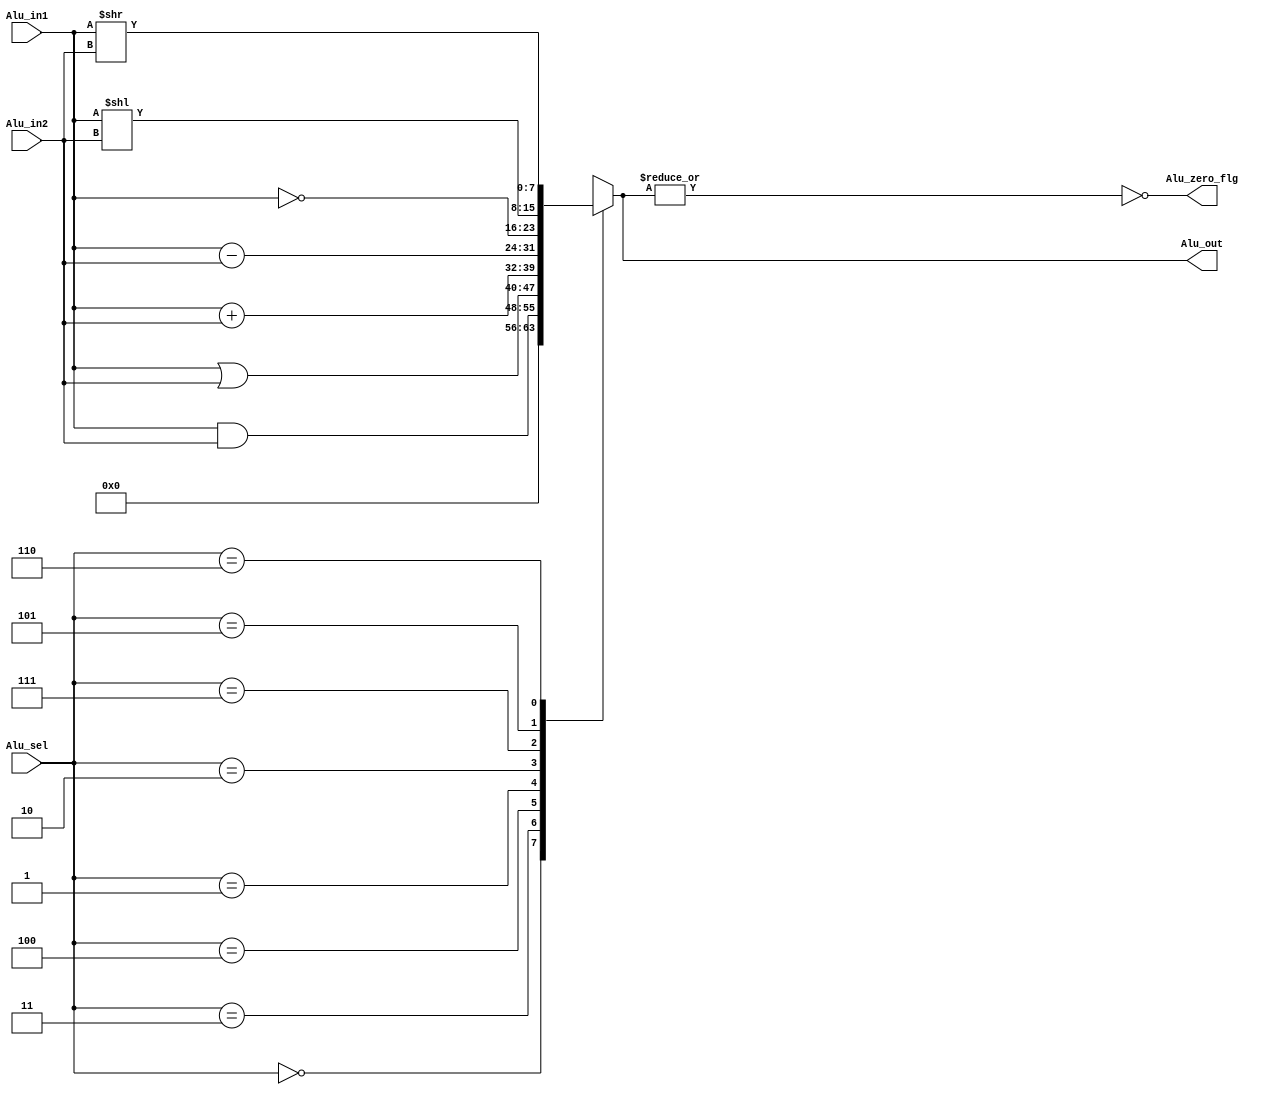
module Alu(Alu_in1,Alu_in2,Alu_sel,Alu_zero_flg,Alu_out
    );
	 
	 parameter wrd_size = 8,
	           sel_width= 3;
	input [wrd_size-1:0] Alu_in1,Alu_in2;
	input [sel_width-1:0] Alu_sel;
	output reg [wrd_size-1:0] Alu_out;
	output  Alu_zero_flg;
	localparam NOP = 3'b000,
	           ADD = 3'b001,
				  SUB = 3'b010,
	           AND = 3'b011,
				  OR  = 3'b100,
              SLT = 3'b101,
				  SRT = 3'b110,				  
				  NOT = 3'b111;
				  				  
	assign Alu_zero_flg = ~|Alu_out;
			  
	
always @(*)
case(Alu_sel)
           NOP:  Alu_out = 0;
			  AND:  Alu_out = Alu_in1&Alu_in2;
			  OR:   Alu_out = Alu_in1|Alu_in2;
			  ADD:  Alu_out = Alu_in1+Alu_in2;
			  SUB:  Alu_out = Alu_in1-Alu_in2;
			  NOT:  Alu_out = ~Alu_in1;
			  SLT:  Alu_out =  Alu_in1<<Alu_in2;
			  SRT:  Alu_out =  Alu_in1>>Alu_in2;
			  default: Alu_out = 0;
			  endcase



endmodule